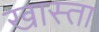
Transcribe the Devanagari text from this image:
खास्ता